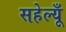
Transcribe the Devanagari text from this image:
सहेल्यूँ